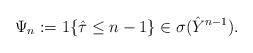
LaTeX: \begin{align*}\Psi_n:=1\{\hat{\tau} \leq n-1\} \in \sigma(\hat{Y}^{n-1}). \end{align*}